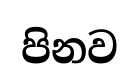
පිනව